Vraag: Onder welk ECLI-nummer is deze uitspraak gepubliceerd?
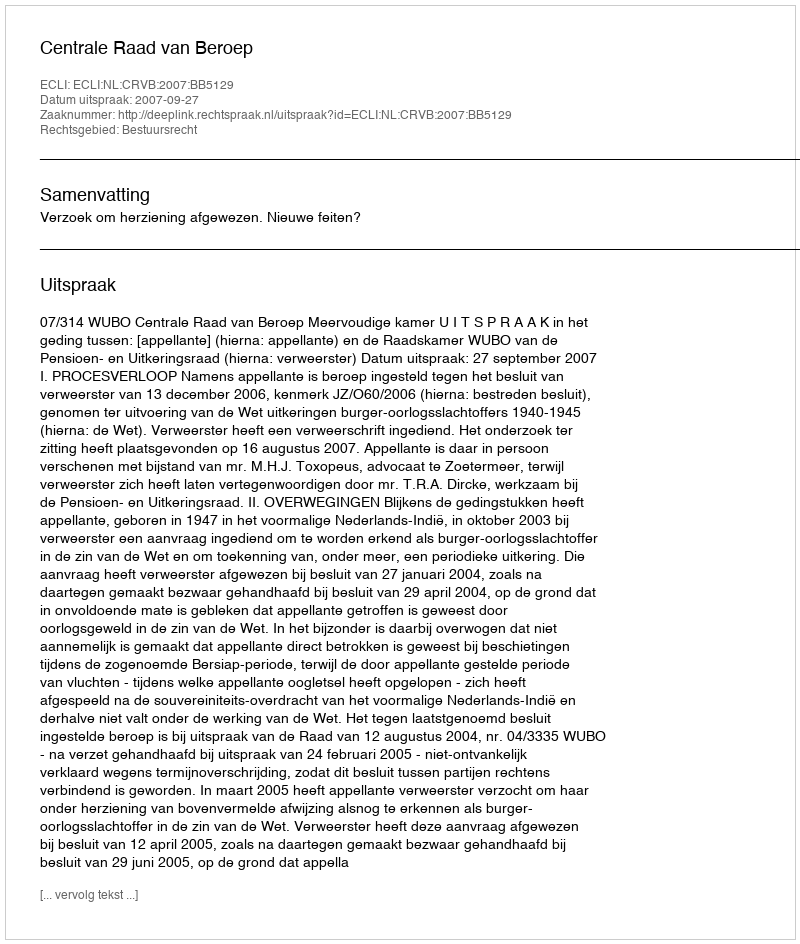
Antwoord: ECLI:NL:CRVB:2007:BB5129